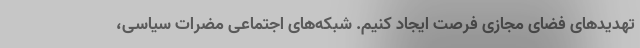
تهدیدهای فضای مجازی فرصت ایجاد کنیم. شبکه‌های اجتماعی مضرات سیاسی،